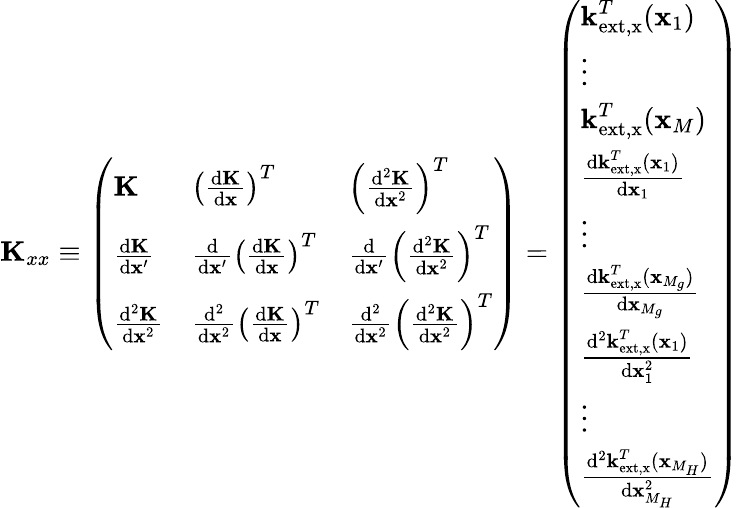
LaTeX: \textbf{K}_{xx}\equiv\left(\begin{array}{lll}{\textbf{K}}&{\left(\frac{\mathrm{d}\textbf{K}}{\mathrm{d}\textbf{x}}\right)^{T}}&{\left(\frac{\mathrm{d}^{2}\textbf{K}}{\mathrm{d}\textbf{x}^{2}}\right)^{T}}\\ {\frac{\mathrm{d}\textbf{K}}{\mathrm{d}\textbf{x}^{\prime}}}&{\frac{\mathrm{d}}{\mathrm{d}\textbf{x}^{\prime}}\left(\frac{\mathrm{d}\textbf{K}}{\mathrm{d}\textbf{x}}\right)^{T}}&{\frac{\mathrm{d}}{\mathrm{d}\textbf{x}^{\prime}}\left(\frac{\mathrm{d}^{2}\textbf{K}}{\mathrm{d}\textbf{x}^{2}}\right)^{T}}\\ {\frac{\mathrm{d}^{2}\textbf{K}}{\mathrm{d}\textbf{x}^{2}}}&{\frac{\mathrm{d}^{2}}{\mathrm{d}\textbf{x}^{2}}\left(\frac{\mathrm{d}\textbf{K}}{\mathrm{d}\textbf{x}}\right)^{T}}&{\frac{\mathrm{d}^{2}}{\mathrm{d}\textbf{x}^{2}}\left(\frac{\mathrm{d}^{2}\textbf{K}}{\mathrm{d}\textbf{x}^{2}}\right)^{T}}\end{array}\right)=\left(\begin{array}{l}{\textbf{k}_{\mathrm{ext,x}}^{T}(\textbf{x}_{1})}\\ {\vdots}\\ {\textbf{k}_{\mathrm{ext,x}}^{T}(\textbf{x}_{M})}\\ {\frac{\mathrm{d}\textbf{k}_{\mathrm{ext,x}}^{T}(\textbf{x}_{1})}{\mathrm{d}\textbf{x}_{1}}}\\ {\vdots}\\ {\frac{\mathrm{d}\textbf{k}_{\mathrm{ext,x}}^{T}(\textbf{x}_{M_{g}})}{\mathrm{d}\textbf{x}_{M_{g}}}}\\ {\frac{\mathrm{d}^{2}\textbf{k}_{\mathrm{ext,x}}^{T}(\textbf{x}_{1})}{\mathrm{d}\textbf{x}_{1}^{2}}}\\ {\vdots}\\ {\frac{\mathrm{d}^{2}\textbf{k}_{\mathrm{ext,x}}^{T}(\textbf{x}_{M_{H}})}{\mathrm{d}\textbf{x}_{M_{H}}^{2}}}\end{array}\right)